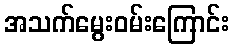
အသက်မွေးဝမ်းကြောင်း